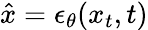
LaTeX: \hat{x}=\epsilon_{\theta}(x_{t},t)